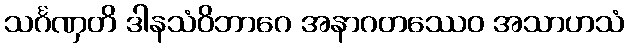
သင်္ဂဏှတိ ဒါနသံဝိဘာဂေ အနာဂတဿေဝ အသာဟသံ